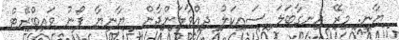
ޔާނީ. މިރޭ ހިނގާބަލަ ސައިކަލު ދިއްވާލަންދާން  ޔާނިޔާ ފޯނު ވައިބްރޭޓް